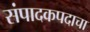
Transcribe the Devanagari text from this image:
संपादकपदाचा